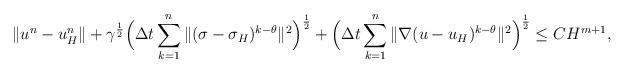
LaTeX: \begin{align*}\|u^n-u_H^{n}\|+\gamma^{\frac12}\Big{(}\Delta t\sum_{k=1}^n\|(\sigma-\sigma_H)^{k-\theta}\|^2\Big{)}^{\frac12}+\Big{(}\Delta t\sum_{k=1}^n\|\nabla (u-u_{H})^{k-\theta}\|^2\Big{)}^{\frac12}\leq CH^{m+1},\end{align*}